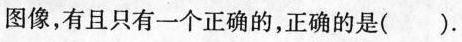
图像，有且只有一个正确的，正确的是().